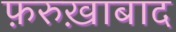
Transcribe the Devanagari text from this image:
फ़रुख़ाबाद